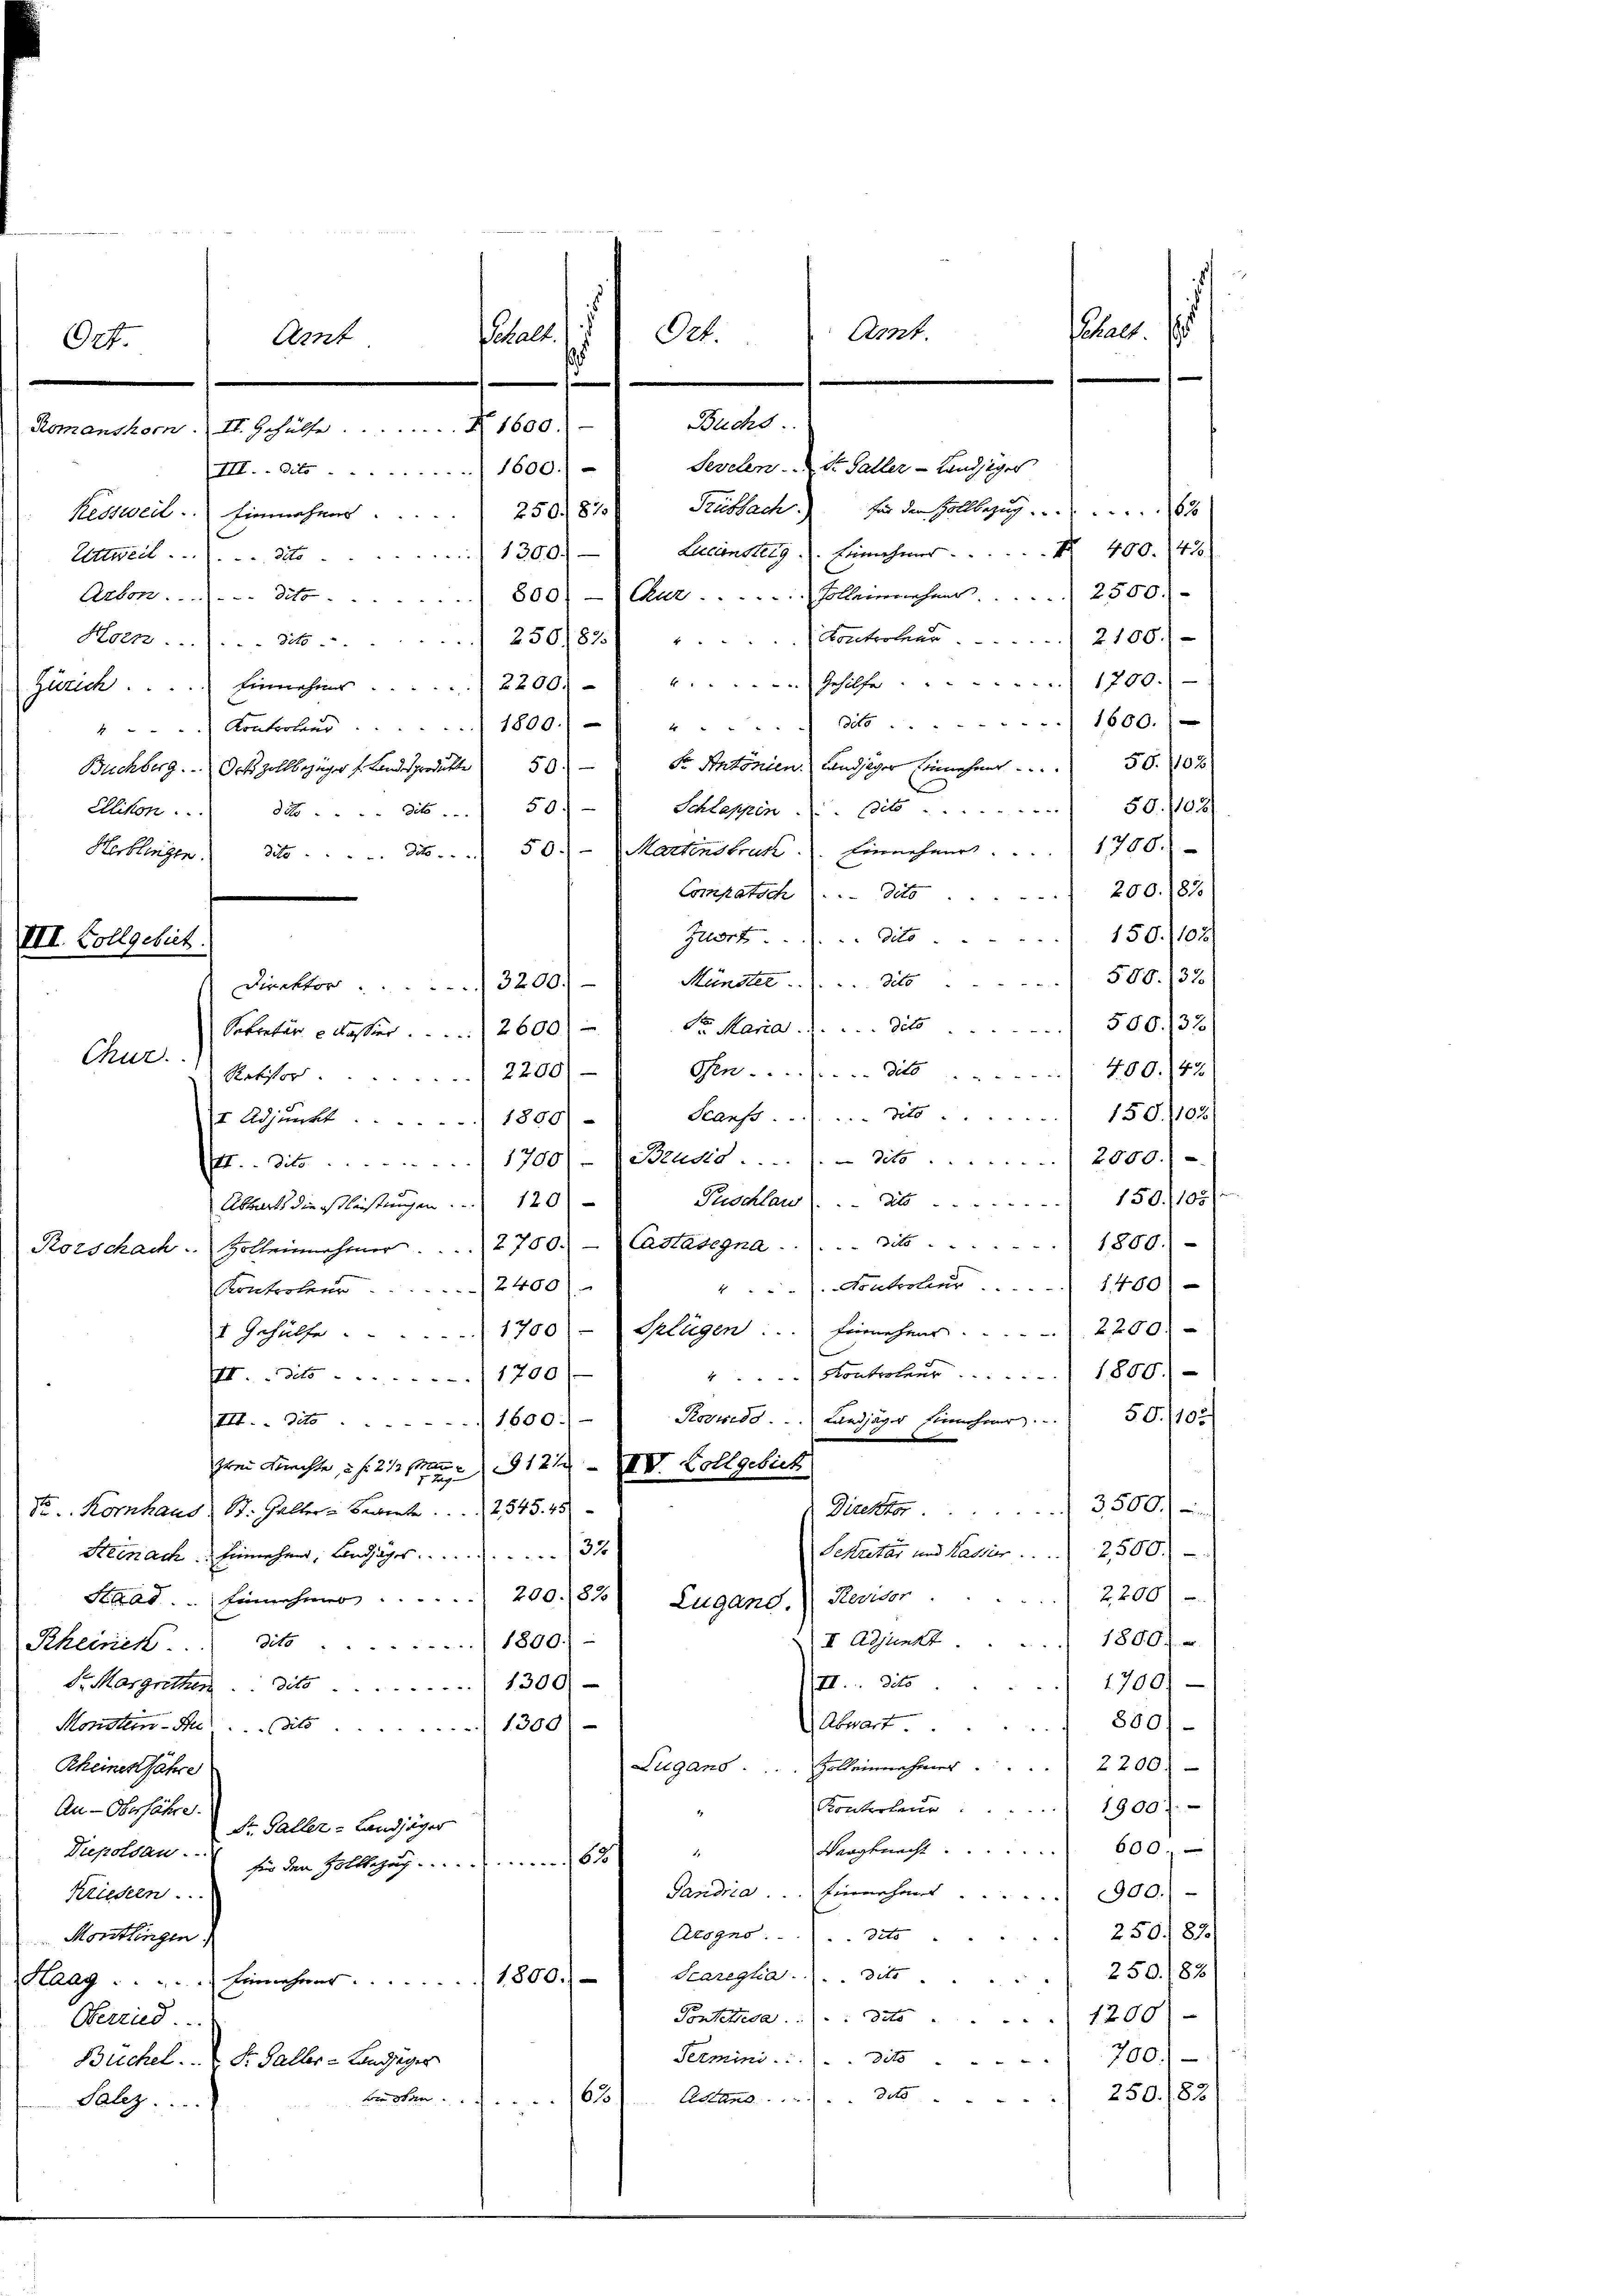
VII. Vollgebiet.

s
ue.
Art.
Pubalt. . .
Ort.
Arnt
Ort.
f
Buchs.
Romanshor. II. Gehülfe 1600.

III. dto 1600.)
Kessweil. Einnahmer 250. 81. Trubbach.) für den Zollbezug               630
Attweil  .. ... dto 1300)
Arbon....... 3800) Aus . . . . . . solleinnahms . . . 2500.-
Holz . . . . . . 250/82.)
Zürich.  ..  ..   Einnahme  ..  ..  ..  2200.   .. ..  ..  ..  ..  ..  Gehilfe 1700.
4. Kontroler . . . . . . 1800.) " ..... 3o ....... 1600.
Buchberg.   Ort zollbezüger f Landesprodukte 50. — So Antonien. Landjäger Einnahmet . . . . 50. 108
Herkingen) die . . . . . . . 50. Martinsbruk.) Einnehmer . . . . 1700.-
200. 187.
Compatich dito
150. 1102/
Zwort ..  ..  ..  Dito
500. 133)
Münster . . . . . . dito
Direktor ./ 3200.-
Sekretär lasser.         2600 Sr. Maria . . . . . . deto . . . . 506. 132)
Chur.
ohen . . . . . . . . . . . . . . die 400. 42
Retistor. 2200
Sanft. No 158. 102)
I Adjunkt. 1890)
tr. die 1700) (Sudd. 3t / 2000.)-
Puschlau (. . . . . . . . . 150. 105
Abwarts die ist leistungen. 120
Rorschach. Zolleinnahmer . . . . 2700.) - Castasegna . . . . . dito. 1800.)
.Nontrolinr. 1400)
Kontorten 2400)
1 Gehülfe . . 1700) - Gelügen: Einnehmer  ..  ..  ..  .. . 2200.
Kontroleur 1800.
III. dato 1700.
III. Mit 1600.) Soweit . . . Landjäger Einnehmer. . . 50. 105
122. IV. Vollgebiet
frei Krachte, 2 f. 212 f
Direktor 3500
Se. Kornhaus St. Galler Bewerte                545. 45
Sekretär und Kaster . . . . . . . .      2500.)
Steinach Einnehme, Landjäger 370
2200)
Saad.   Einnehmer . . . . . . . . . . . 200. 182 Lugand. Revisor
 18001
II. Adjunkt.
Rheinik. . . dits . . . . . . . . 1800.-
II.. dito.
1700
S. Margritten. dato 1300
Abart. 800)
Mondten-See . . . dits   1300)
Lugano . . . . . . . . . .   Zolleinnehmer    2200
Rheines Jahre
Kontrolen 1900)
An-Oberfähre. Hr. Galler - Landjäger
Waagknecht 600.
Prepoltan. . sie den Hollogus . . . 188
Sandria.  ..   Einnahme  ..  300.)
kriesen ...
250. 89.)
Arogno . . . . deto
Mortlingen.
 250. /82/
Scareglia . . . dito
Taag . . . . . . . .   Einnahmes 1800.)
Fontettela . . . . dato 1200)
Oberried.
700.)
Termini . . . . dito
Büchel. S. Galler-Landiger
250./82)
Astand deto . . . .
Ersten 61
Salez ....

Sevelen. St. Galler - Landziger
Liliensteig. Einnehmer 400. 470.
Konetorhut. 2100.
Ellikon . . . . . . . dit ... 50.- 8 Schlappen. Bito 58. 103.